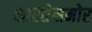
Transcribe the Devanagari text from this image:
क्षारतेसमोर